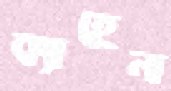
ক্যাহেনা